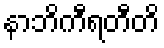
နာဘိကီရတီတိ